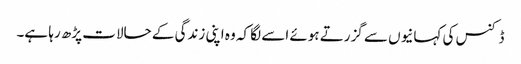
ڈکنس کی کہانیوں سے گزرتے ہوئے اسے لگا کہ وہ اپنی زندگی کے حالات پڑھ رہا ہے۔